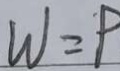
W = P